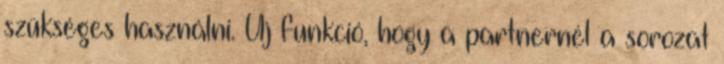
szükséges használni. Új funkció, hogy a partnernél a sorozat